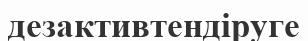
дезактивтендіруге